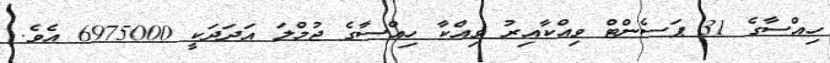
ހިއްސާގެ 31 ޕަސެންޓް ވިއްކާއިރު ވިއްކާ ހިއްސާގެ ޖުމްލަ އަދަދަކީ 6975000 އެވެ.